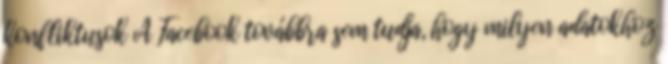
konfliktusok A Facebook továbbra sem tudja, hogy milyen adatokhoz